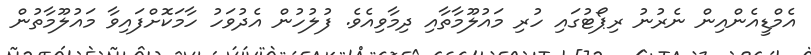
އެމްޑީއެންއިން ނެރުނު ރިޕޯޓުގައި ހުރި މައުލޫމާތާއި ދިމާވިއެވެ. ފުލުހުން އެދުވަހު ހާމަކޮށްފައިވާ މައުލޫމާތުން